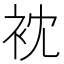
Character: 衴